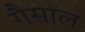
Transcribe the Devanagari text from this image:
गैसाल